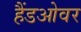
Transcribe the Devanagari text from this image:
हैंडओवर